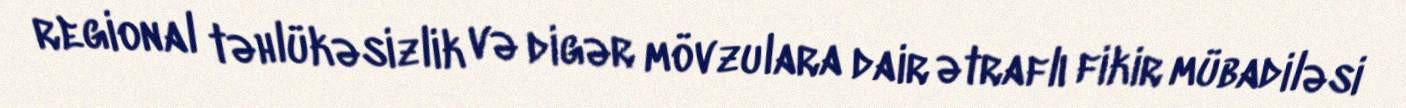
regional təhlükəsizlik və digər mövzulara dair ətraflı fikir mübadiləsi